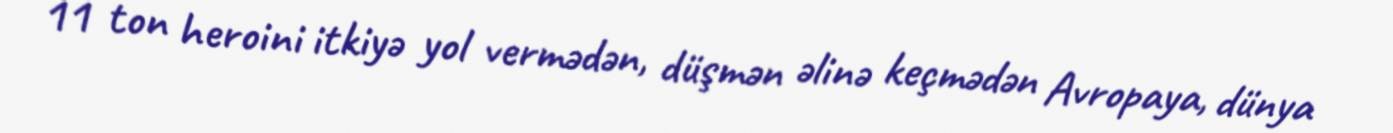
11 ton heroini itkiyə yol vermədən, düşmən əlinə keçmədən Avropaya, dünya